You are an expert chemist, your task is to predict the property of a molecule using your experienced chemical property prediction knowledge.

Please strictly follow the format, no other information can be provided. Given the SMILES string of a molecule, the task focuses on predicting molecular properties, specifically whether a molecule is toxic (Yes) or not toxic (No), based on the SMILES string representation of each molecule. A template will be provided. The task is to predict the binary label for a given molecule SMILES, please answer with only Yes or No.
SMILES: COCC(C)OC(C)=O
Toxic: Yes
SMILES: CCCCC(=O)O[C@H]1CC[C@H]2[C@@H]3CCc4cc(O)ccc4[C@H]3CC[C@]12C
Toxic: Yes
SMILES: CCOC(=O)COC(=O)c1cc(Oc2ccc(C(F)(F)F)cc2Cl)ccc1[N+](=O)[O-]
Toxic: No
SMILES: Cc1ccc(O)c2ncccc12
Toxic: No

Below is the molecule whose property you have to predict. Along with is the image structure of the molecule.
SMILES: Cc1ccc(C(C)C)cc2c(C)ccc1-2
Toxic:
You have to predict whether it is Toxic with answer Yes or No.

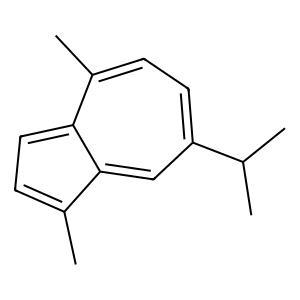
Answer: No